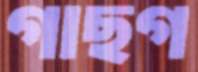
গাছগ